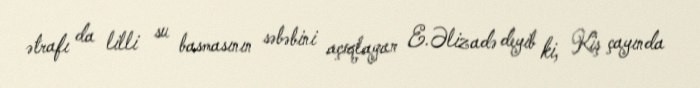
ətrafı da lilli su basmasının səbəbini açıqlayan E.Əlizadə deyib ki, Kiş çayında